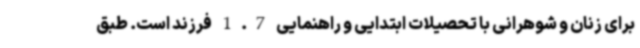
برای زنان و شوهرانی با تحصیلات ابتدایی و راهنمایی 1.7 فرزند است. طبق